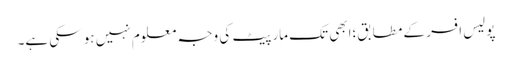
پولیس افسر کے مطابق؛ابھی تک مار پیٹ کی وجہ معلوم نہیں ہو سکی ہے۔